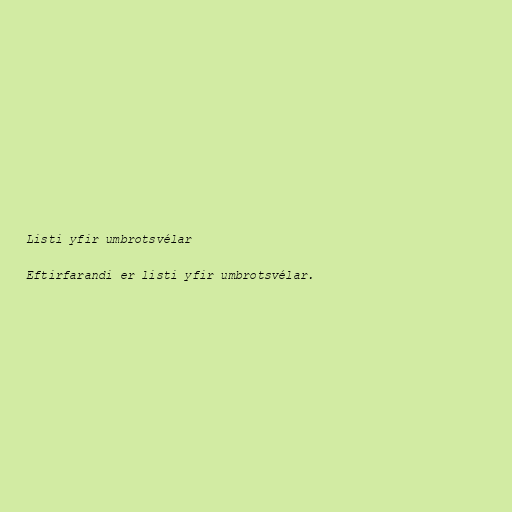
Listi yfir umbrotsvélar

Eftirfarandi er listi yfir umbrotsvélar.